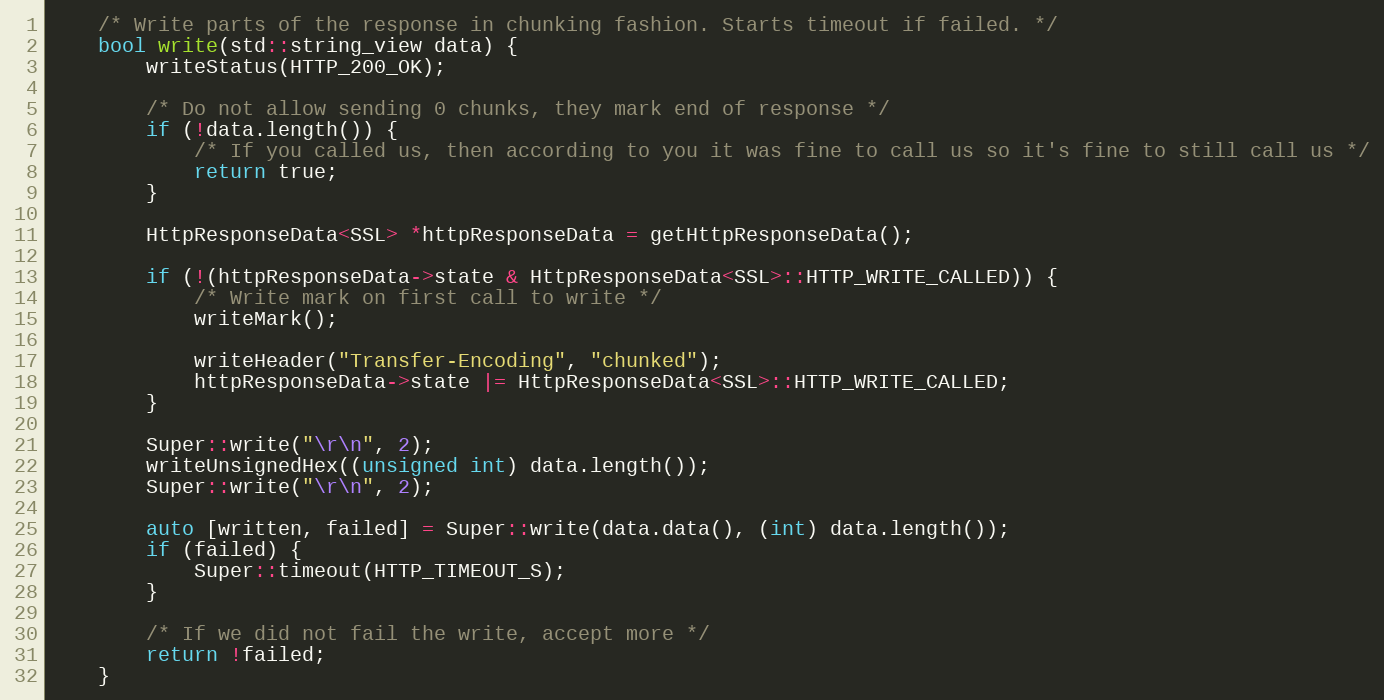
Language: C
    /* Write parts of the response in chunking fashion. Starts timeout if failed. */
    bool write(std::string_view data) {
        writeStatus(HTTP_200_OK);

        /* Do not allow sending 0 chunks, they mark end of response */
        if (!data.length()) {
            /* If you called us, then according to you it was fine to call us so it's fine to still call us */
            return true;
        }

        HttpResponseData<SSL> *httpResponseData = getHttpResponseData();

        if (!(httpResponseData->state & HttpResponseData<SSL>::HTTP_WRITE_CALLED)) {
            /* Write mark on first call to write */
            writeMark();

            writeHeader("Transfer-Encoding", "chunked");
            httpResponseData->state |= HttpResponseData<SSL>::HTTP_WRITE_CALLED;
        }

        Super::write("\r\n", 2);
        writeUnsignedHex((unsigned int) data.length());
        Super::write("\r\n", 2);

        auto [written, failed] = Super::write(data.data(), (int) data.length());
        if (failed) {
            Super::timeout(HTTP_TIMEOUT_S);
        }

        /* If we did not fail the write, accept more */
        return !failed;
    }